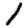
Digit: 1